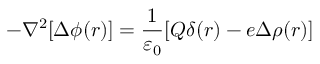
- \nabla ^ { 2 } [ \Delta \phi ( r ) ] = { \frac { 1 } { \varepsilon _ { 0 } } } [ Q \delta ( r ) - e \Delta \rho ( r ) ]